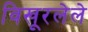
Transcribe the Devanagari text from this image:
विखूरलेले